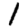
Digit: 1